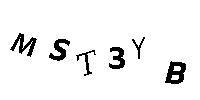
MST3YB